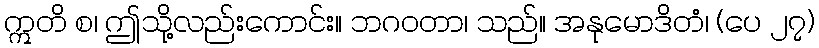
ဣတိ စ၊ ဤသို့လည်းကောင်း။ ဘဂဝတာ၊ သည်။ အနုမောဒိတံ၊ (ပေ ၂၇)